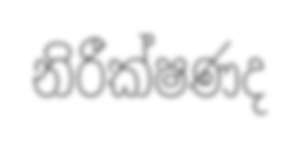
නිරීක්ෂණද